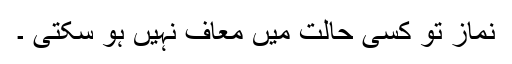
نماز تو کسی حالت میں معاف نہیں ہو سکتی ۔